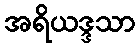
အရိယဒ္ဒသာ